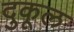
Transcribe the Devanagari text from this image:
दुकूल